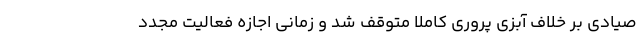
صیادی بر خلاف آبزی پروری کاملاً متوقف شد و زمانی اجازه فعالیت مجدد